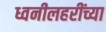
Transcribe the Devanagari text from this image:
ध्वनीलहरींच्या